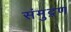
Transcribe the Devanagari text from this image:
संमुद्रण